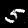
Digit: 5